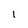
Character: l